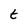
Character: t